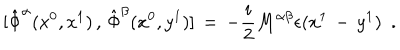
\mathrm { } [ \hat { \Phi } ^ { \alpha } ( x ^ { 0 } , x ^ { 1 } ) \, , \, \hat { \Phi } ^ { \beta } ( x ^ { 0 } , y ^ { 1 } ) ] \, = \, - \frac { i } { 2 } M ^ { \alpha \beta } \epsilon ( x ^ { 1 } \, - \, y ^ { 1 } ) \, \, \, .